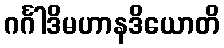
ဂင်္ဂါဒိမဟာနဒိယောတိ